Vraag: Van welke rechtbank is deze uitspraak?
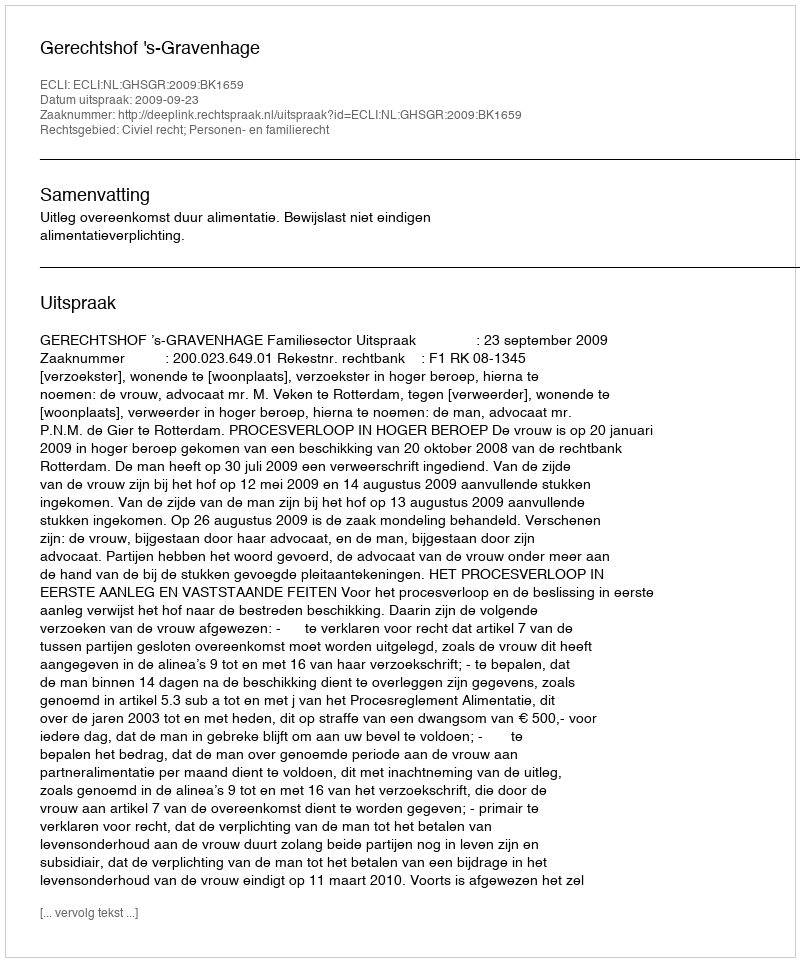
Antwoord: Gerechtshof 's-Gravenhage